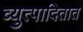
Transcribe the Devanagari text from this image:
व्युत्पादितात